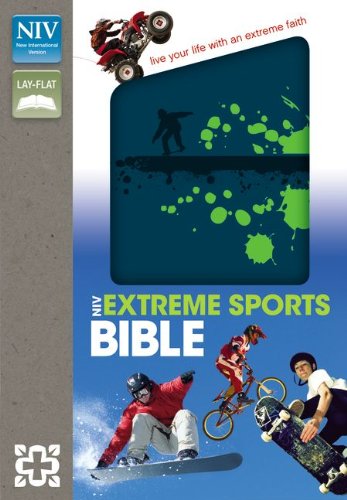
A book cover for Extreme Sports Bible, NIV; Zondervan; Sports & Outdoors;